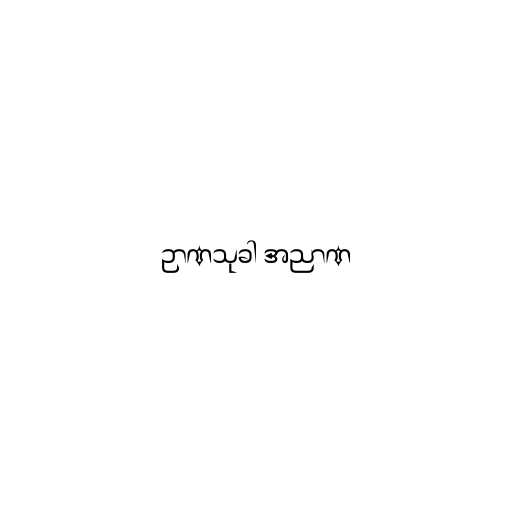
ဉာဏသုခါ အညာဏ